Annual administration report of the Civil Veterinary Department, Ajmere-Merwara, British Rajputana - 1914-1940
Year: 1914
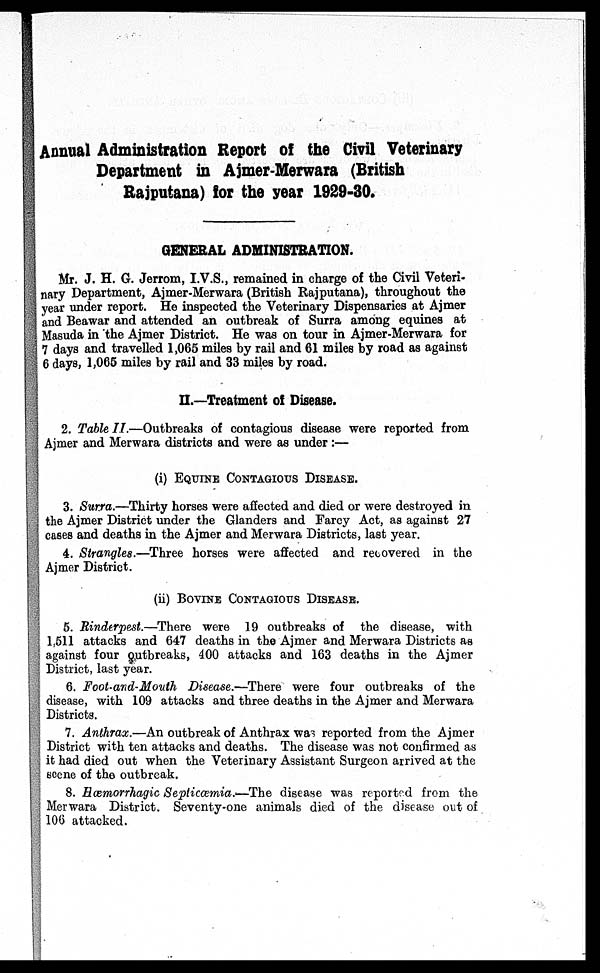
Annual Administration Report of the Civil Veterinary
Department in Ajmer-Merwara (British
Rajputana) lor the year 1929-30.
GENERAL ADMINISTRATION.
Mr. J. H. G. Jerrom, I.V.S., remained in charge of the Civil Veteri-
nary Department, Ajmer-Merwara (British Rajputana), throughout the
year under report. He inspected the Veterinary Dispensaries at Ajmer
and Beawar and attended an outbreak of Surra among equines at
Masuda in the Ajmer District. He was on tour in Ajmer-Merwara for
7 days and travelled 1,065 miles by rail and 61 miles by road as against
6 days, 1,065 miles by rail and 33 miles by road.
II.—Treatment of Disease.
2. Table II.—Outbreaks of contagious disease were reported from
Ajmer and Merwara districts and were as under:—
(i) EQUINE CONTAGIOUS DISEASE.
3. Surra.—Thirty horses were affected and died or were destroyed in
the Ajmer District under the Glanders and Farcy Act, as against 27
cases and deaths in the Ajmer and Merwara Districts, last year.
4. Strangles.—Three horses were affected and recovered in the
Ajmer District.
(ii) BOVINE CONTAGIOUS DISEASE.
5. Rinderpest.—There were 19 outbreaks of the disease, with
1,511 attacks and 647 deaths in the Ajmer and Merwara Districts as
against four outbreaks, 400 attacks and 163 deaths in the Ajmer
District, last year.
6. Foot-and-Mouth Disease.—There were four outbreaks of the
disease, with 109 attacks and three deaths in the Ajmer and Merwara
Districts.
7. Anthrax.—An outbreak of Anthrax was reported from the Ajmer
District with ten attacks and deaths. The disease was not confirmed as
it had died out when the Veterinary Assistant Surgeon arrived at the
scene of the outbreak.
8. Hœmorrhagic Septicœmia.—The disease was reported from the
Merwara District. Seventy-one animals died of the disease out of
106 attacked.